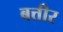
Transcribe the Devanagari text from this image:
बत्तीर